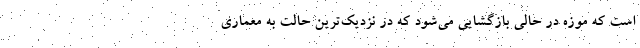
است که موزه در حالی بازگشایی می‌شود که در نزدیک‌ترین حالت به معماری